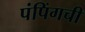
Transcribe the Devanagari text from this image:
पंपिंगची